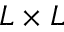
L \times L